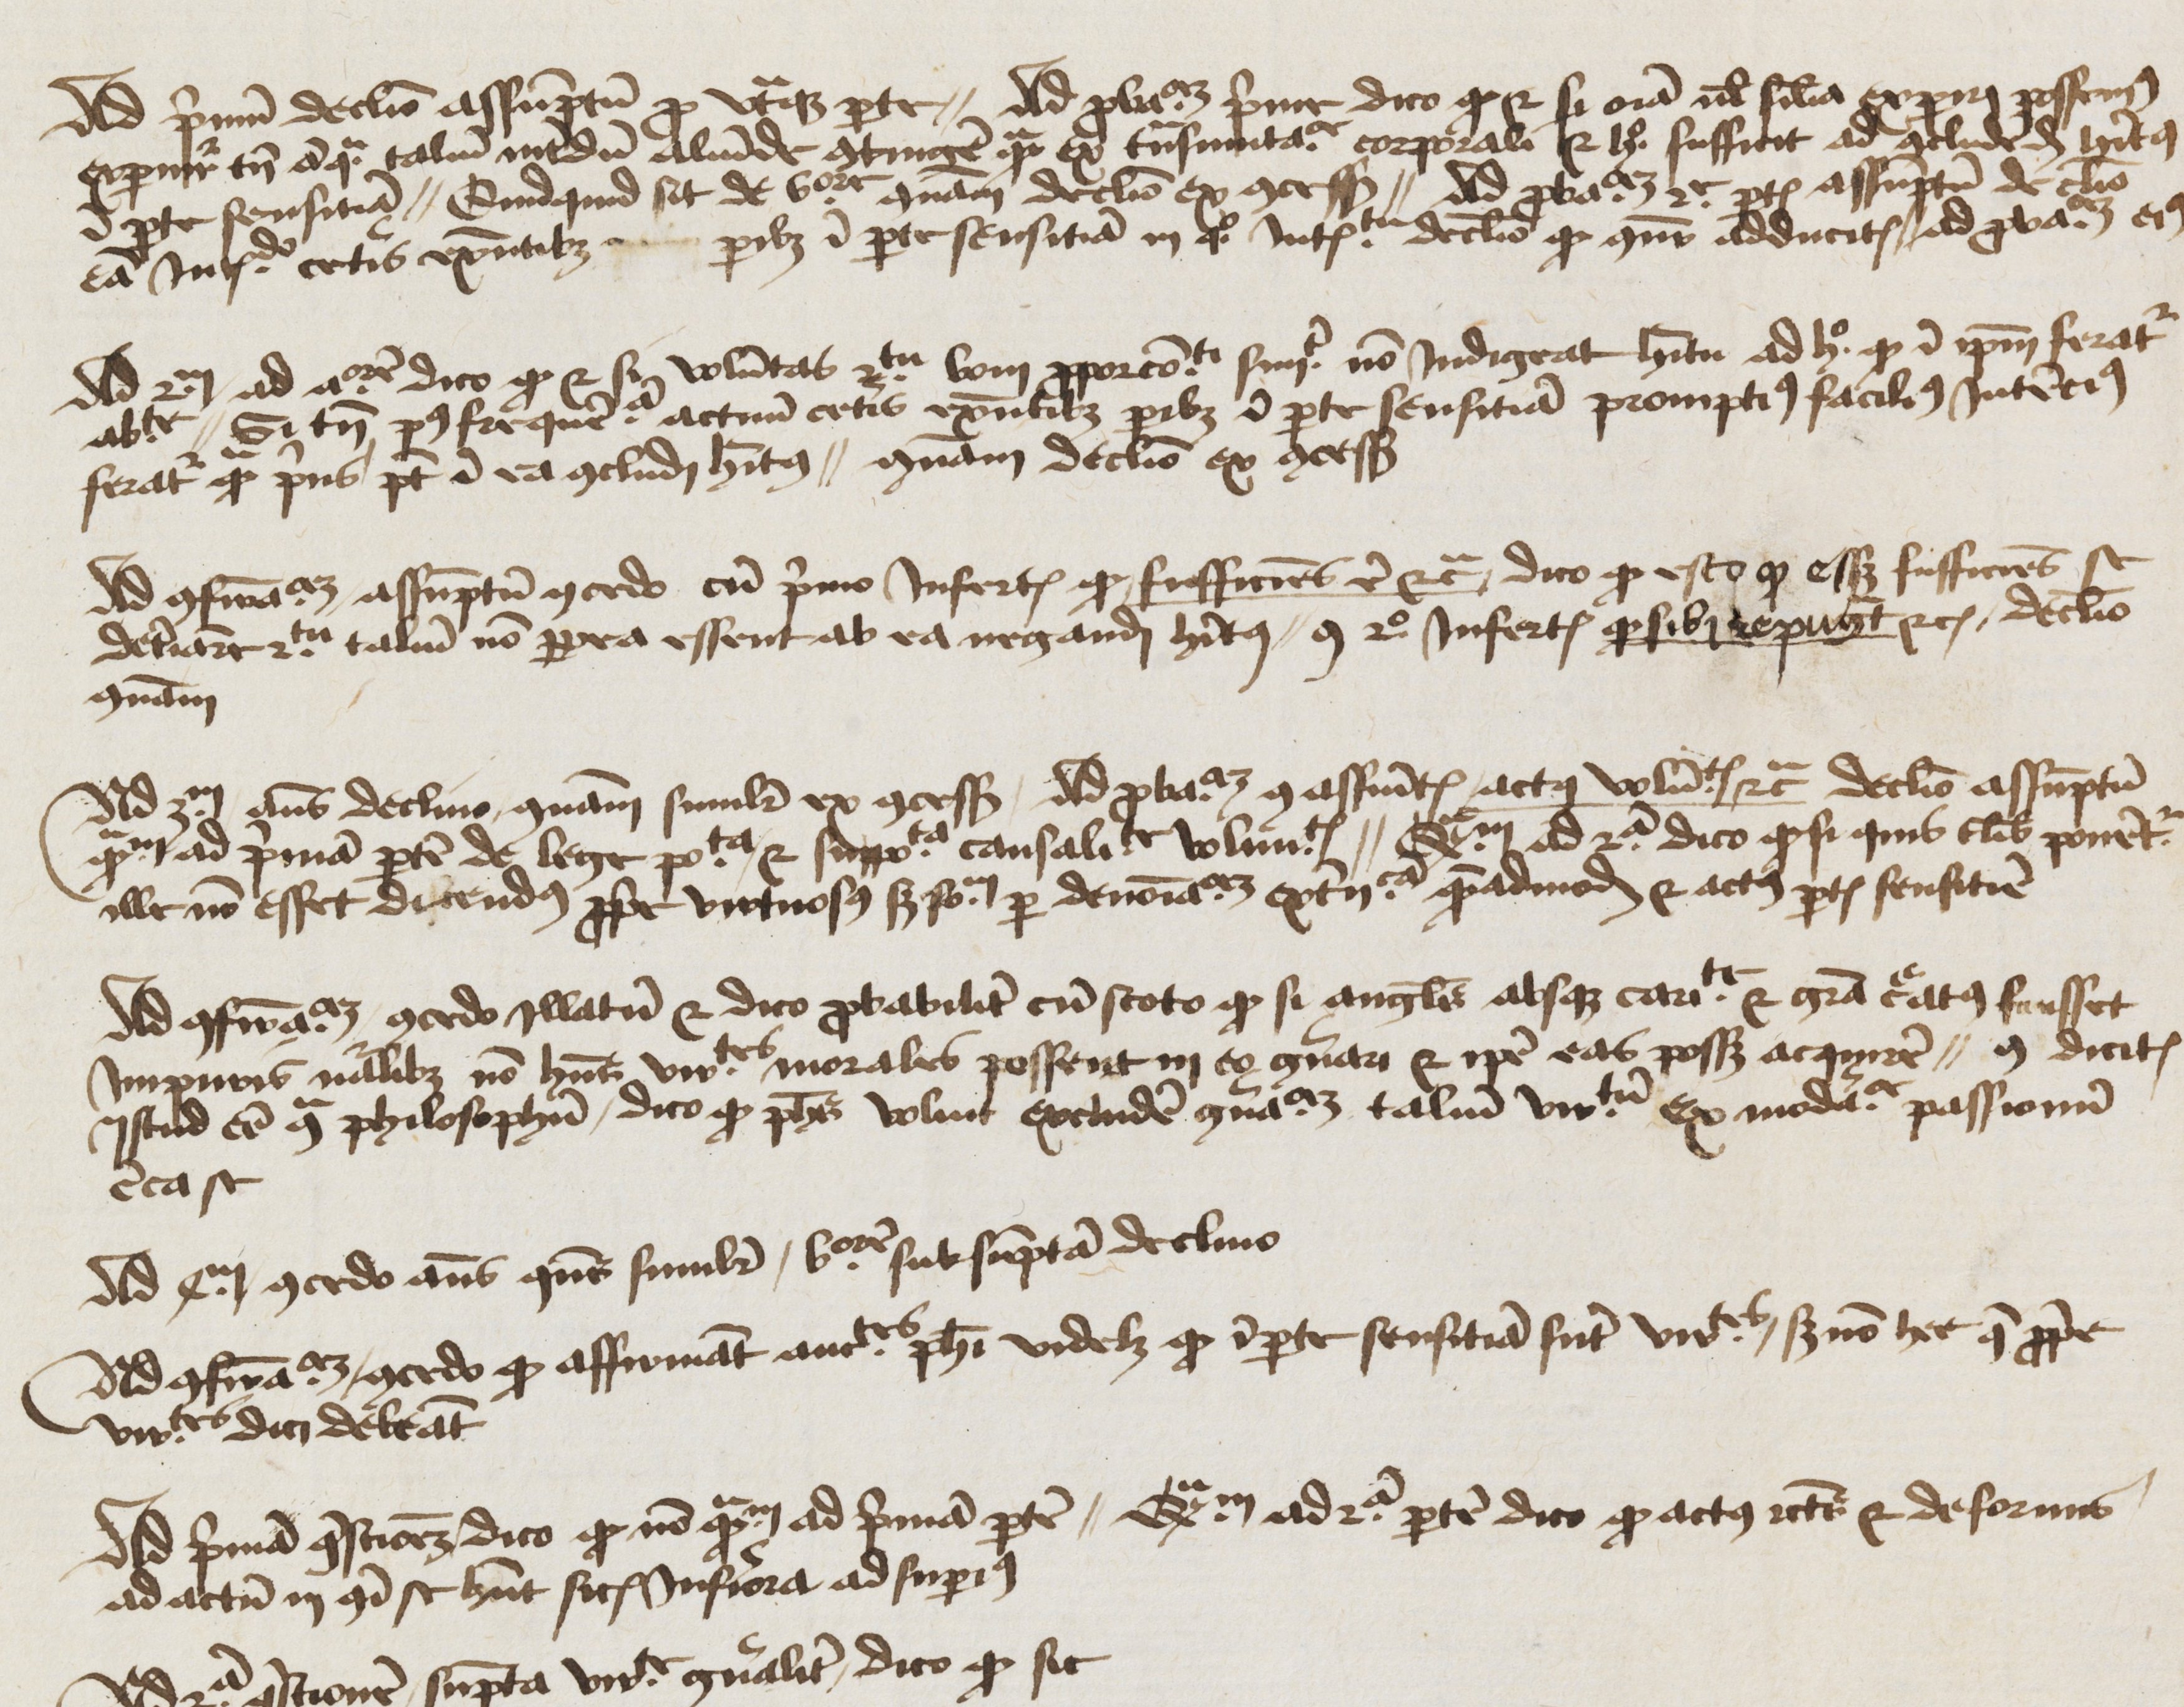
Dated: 1450–1474